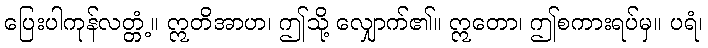
ပြေးပါကုန်လတ္တံ့။ ဣတိအာဟ၊ ဤသို့ လျှောက်၏။ ဣတော၊ ဤစကားရပ်မှ။ ပရံ၊